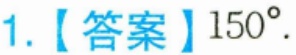
1.【答案】$150^{\circ}$.